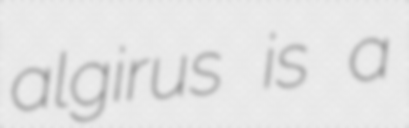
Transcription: algirus is a